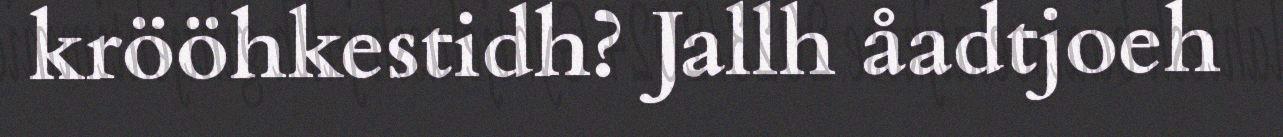
krööhkestidh? Jallh åadtjoeh